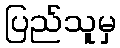
ပြည်သူမှ